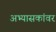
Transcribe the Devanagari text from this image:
अभ्यासकांवर